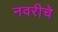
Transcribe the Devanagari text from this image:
नवरीचे